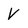
Character: V